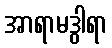
အာရာမဒွါရာ